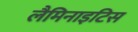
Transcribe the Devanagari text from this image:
लैमिनाइटिस